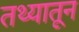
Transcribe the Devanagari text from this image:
तथ्यातून